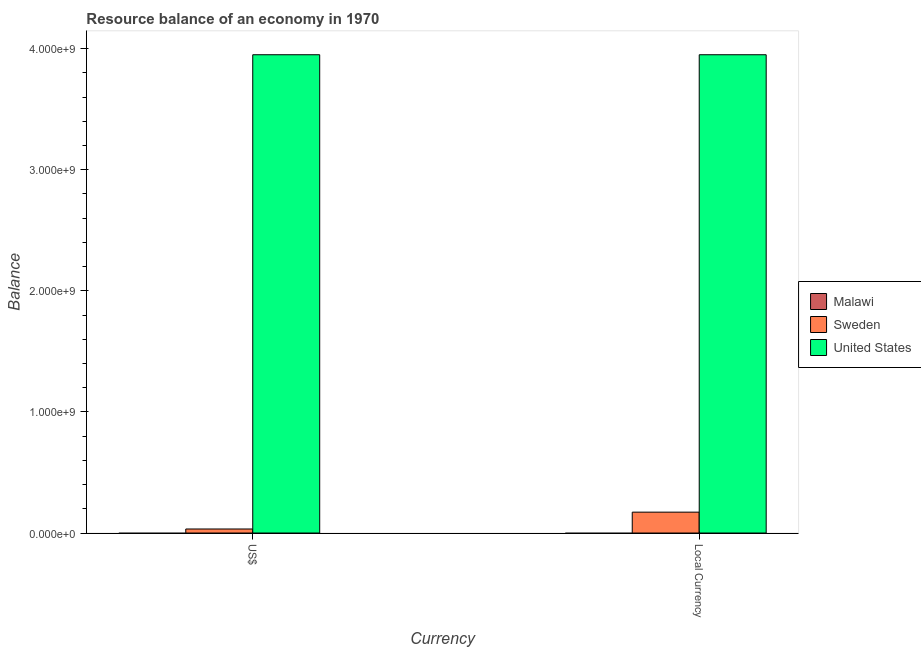
| Currency | Malawi | Sweden | United States |
 | --- | --- | --- | --- |
 | US$ | -4.33e+07 | 3.33e+07 | 3.95e+09 |
 | Local Currency | -3.61e+07 | 1.72e+08 | 3.95e+09 |